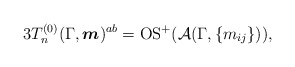
\begin{gather*}3T_n^{(0)} (\Gamma,{\boldsymbol{m}})^{ab} = {\rm OS}^{+}({\cal{A}}(\Gamma,\{m_{ij} \})),\end{gather*}